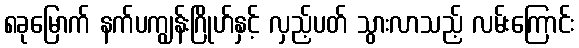
၈ခုမြောက် နက်ပကျွန်းဂြိုဟ်နှင့် လှည့်ပတ် သွားလာသည့် လမ်းကြောင်း